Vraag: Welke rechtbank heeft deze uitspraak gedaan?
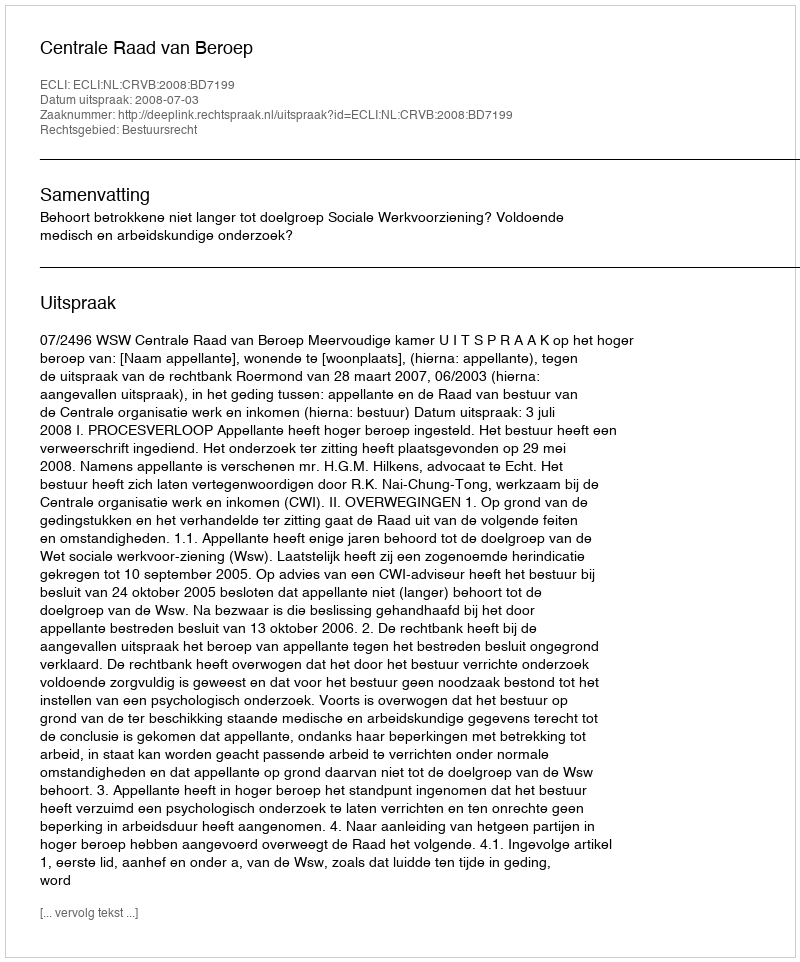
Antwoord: Centrale Raad van Beroep